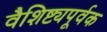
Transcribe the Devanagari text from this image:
वैशिष्ट्यपूर्वक